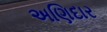
અણિદાર